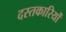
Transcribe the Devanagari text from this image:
दस्तकारियों